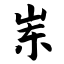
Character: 岽